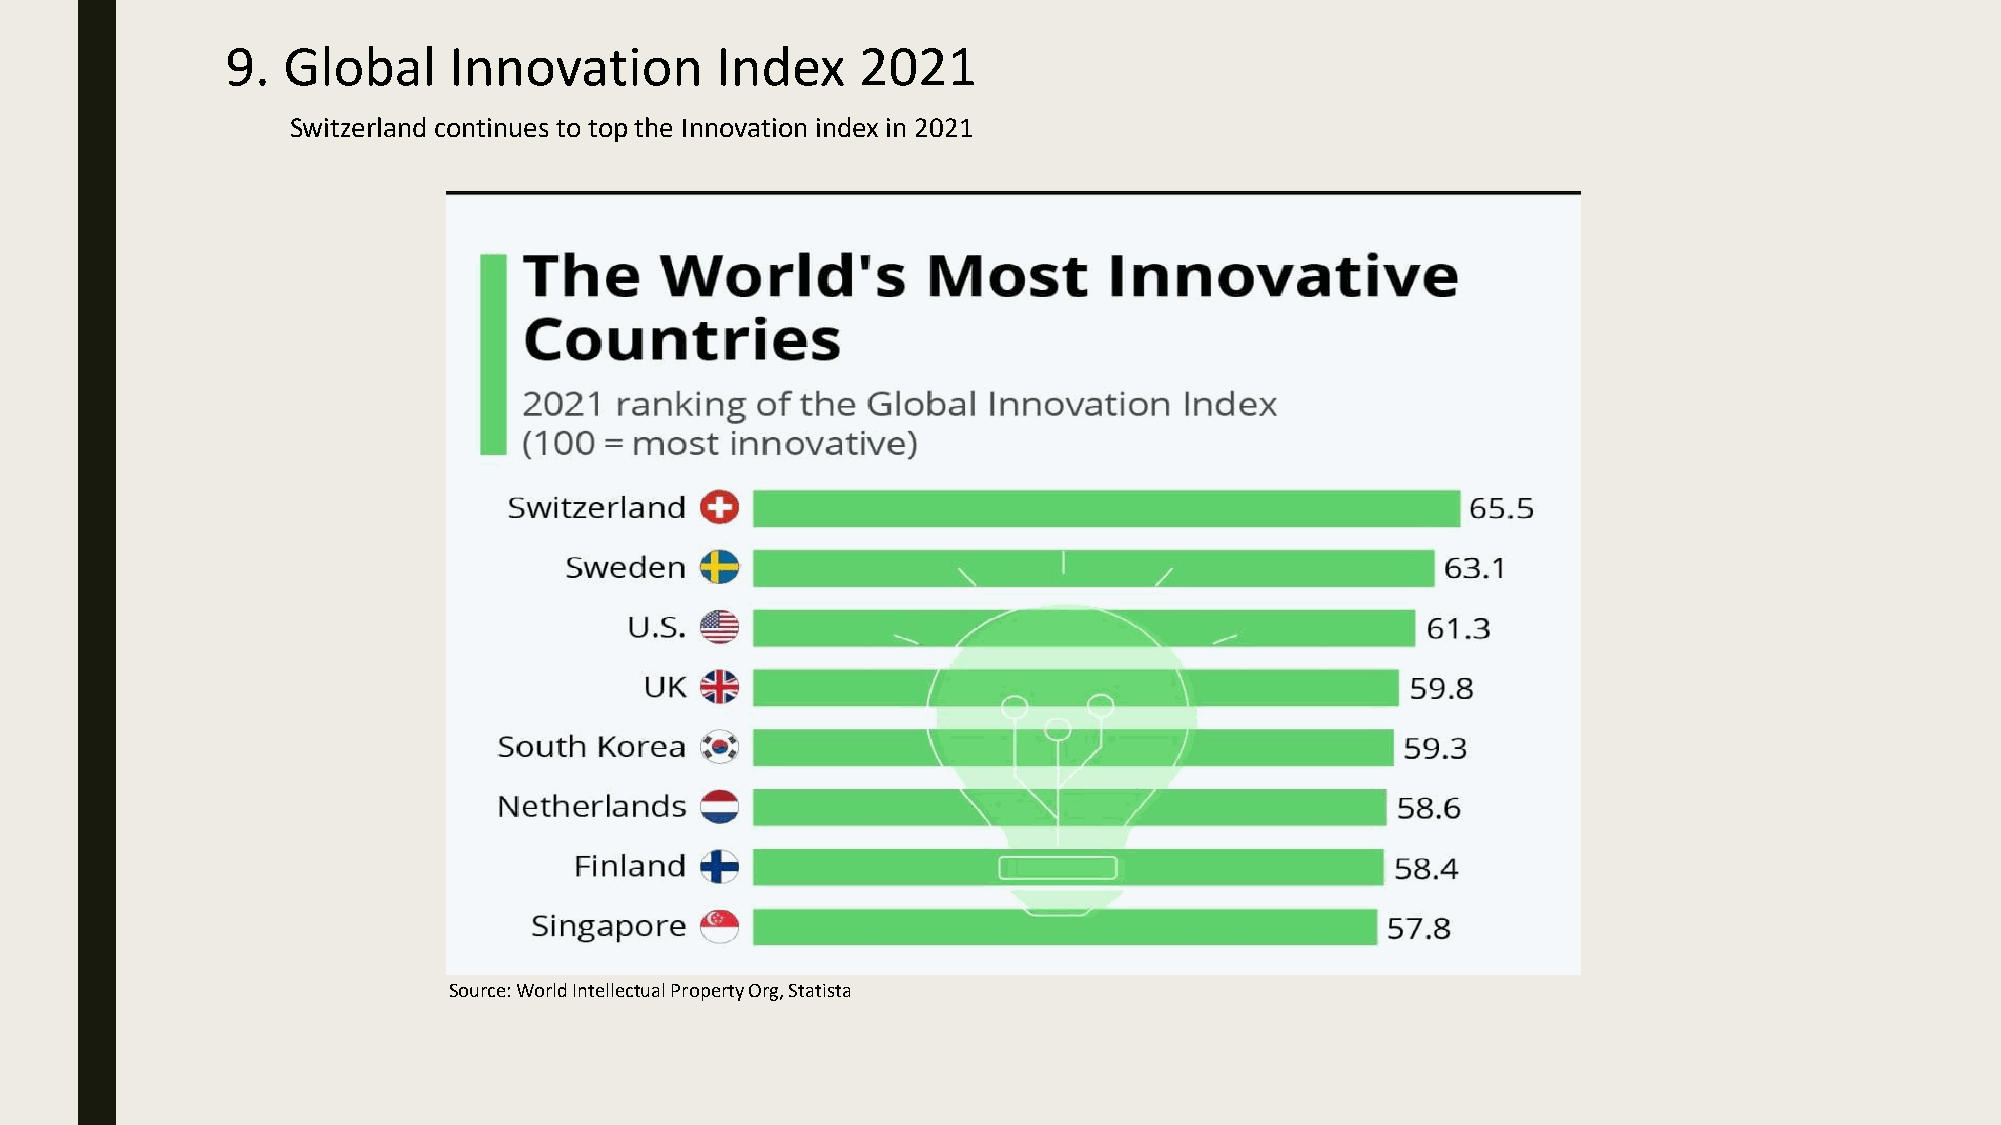
9.  Global     Innovation       Index     2021
 Switzerland continues to top the Innovation index in 2021
 Source: World Intellectual Property Org, Statista